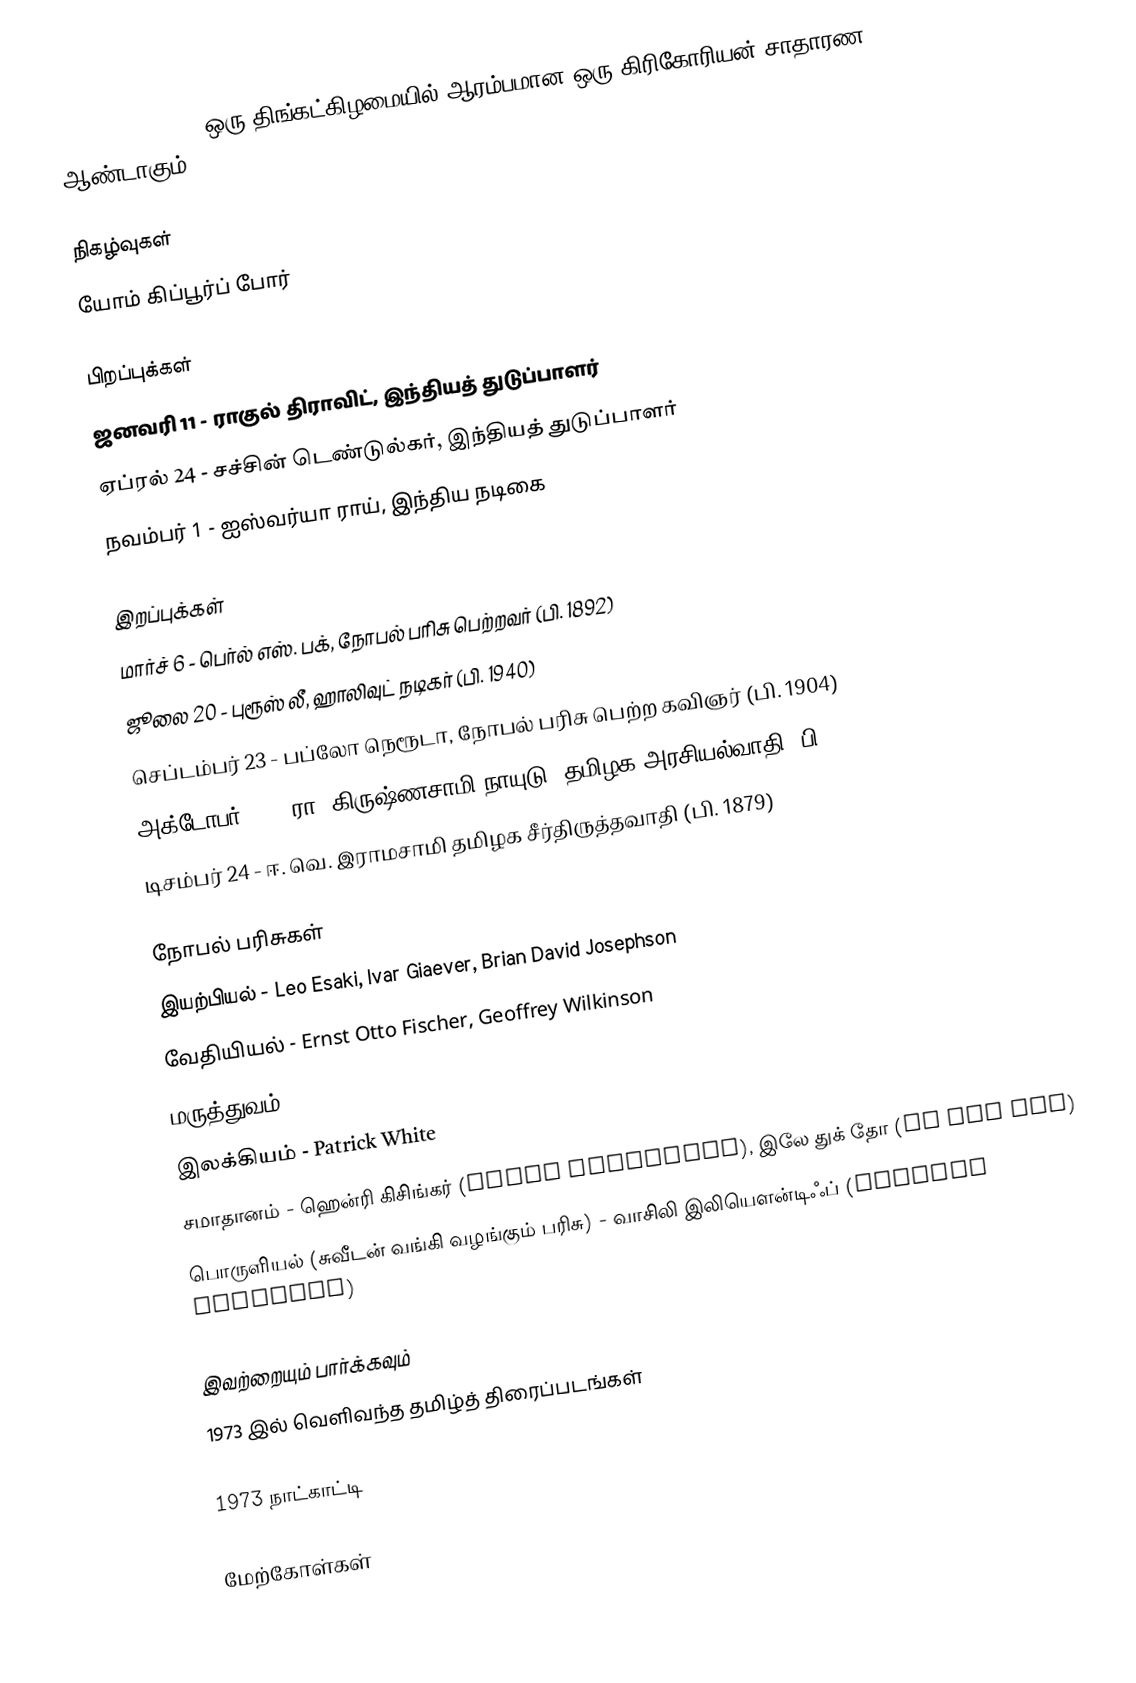
1973  (MCMLXXIII) ஒரு திங்கட்கிழமையில் ஆரம்பமான ஒரு கிரிகோரியன் சாதாரண ஆண்டாகும்.

நிகழ்வுகள்
 யோம் கிப்பூர்ப் போர்

பிறப்புக்கள்
 ஜனவரி 11 - ராகுல் திராவிட், இந்தியத் துடுப்பாளர்
 ஏப்ரல் 24 - சச்சின் டெண்டுல்கர், இந்தியத் துடுப்பாளர்
 நவம்பர் 1 - ஐஸ்வர்யா ராய், இந்திய நடிகை

இறப்புக்கள்
 மார்ச் 6 - பெர்ல் எஸ். பக், நோபல் பரிசு பெற்றவர் (பி. 1892)
 ஜூலை 20 - புரூஸ் லீ, ஹாலிவுட் நடிகர் (பி. 1940)
 செப்டம்பர் 23 - பப்லோ நெரூடா, நோபல் பரிசு பெற்ற கவிஞர் (பி. 1904)
 அக்டோபர் 30 - ரா. கிருஷ்ணசாமி நாயுடு, தமிழக அரசியல்வாதி (பி. 1902)
 டிசம்பர் 24 - ஈ. வெ. இராமசாமி தமிழக சீர்திருத்தவாதி (பி. 1879)

நோபல் பரிசுகள்
 இயற்பியல் -  Leo Esaki, Ivar Giaever, Brian David Josephson
 வேதியியல் - Ernst Otto Fischer, Geoffrey Wilkinson
 மருத்துவம் - Karl von Frisch, Konrad Lorenz, Nikolaas Tinbergen
 இலக்கியம் - Patrick White
 சமாதானம் - ஹென்ரி கிசிங்கர் (Henry Kissinger), இலே துக் தோ (Le Duc Tho)
 பொருளியல் (சுவீடன் வங்கி வழங்கும் பரிசு) - வாசிலி இலியௌன்டிஃப் (Wassily Leontief)

இவற்றையும் பார்க்கவும்
 1973 இல் வெளிவந்த தமிழ்த் திரைப்படங்கள்

1973 நாட்காட்டி

மேற்கோள்கள்